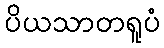
ပိယသာတရူပံ